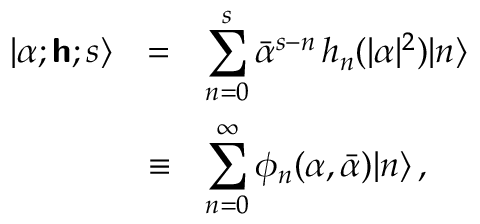
\begin{array} { l l l } { | \alpha ; \boldsymbol { \mathsf { h } } ; s \rangle } & { = } & { \displaystyle \sum _ { n = 0 } ^ { s } { \bar { \alpha } } ^ { s - n } \, h _ { n } ( \vert \alpha \vert ^ { 2 } ) | n \rangle } \\ { \displaystyle } & { \equiv } & { \displaystyle \sum _ { n = 0 } ^ { \infty } \phi _ { n } ( \alpha , \bar { \alpha } ) | n \rangle \, , } \end{array}